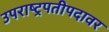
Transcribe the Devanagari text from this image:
उपराष्ट्रपतीपदावर